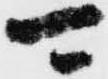
可